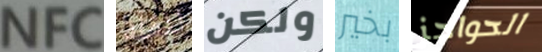
NFC لنقله ولكن بخير الحواجز